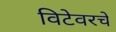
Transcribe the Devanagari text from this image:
विटेवरचे